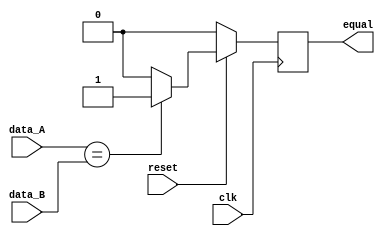
`timescale 1ns / 1ps
//////////////////////////////////////////////////////////////////////////////////
// Company: 
// Engineer: 
// 
// Design Name: 
// Module Name:    equal_control 
// Project Name: 
// Target Devices: 
// Tool versions: 
// Description: 
//
// Dependencies: 
//
// Revision: 
// Revision 0.01 - File Created
// Additional Comments: 
//
//////////////////////////////////////////////////////////////////////////////////
module equal_control(
    input [31:0] data_A,
    input [31:0] data_B,
    input        clk,
    input        reset,
    output reg   equal
    );
	always@(posedge clk) begin
		if(reset == 0) begin
			equal = 1'b0;
		end
		else begin
			equal = (data_A == data_B)? 1'b1 : 1'b0;
		end
	end

endmodule